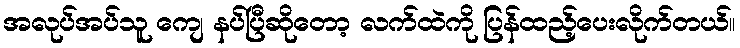
အလုပ်အပ်သူ ကျေ နပ်ပြီဆိုတော့ လက်ထဲကို ပြန်ထည့်ပေးလိုက်တယ်။